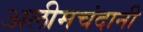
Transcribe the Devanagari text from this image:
अलीमचंदानी